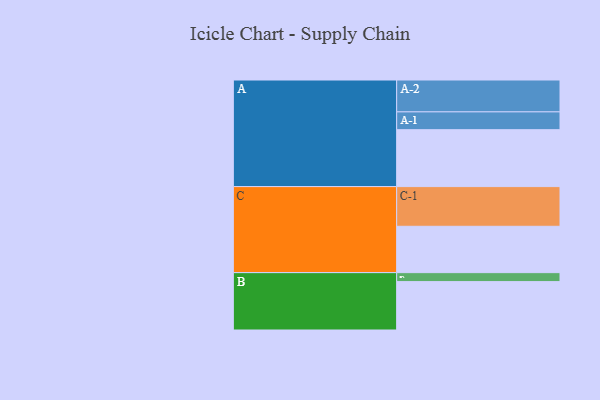
{"axis": {"x": "Segment", "y": "Value"}, "legend": ["", "A", "B", "C"], "data": [{"x": "A", "y": 393, "type": ""}, {"x": "B", "y": 334, "type": ""}, {"x": "C", "y": 320, "type": ""}, {"x": "A-1", "y": 123, "type": "A"}, {"x": "A-2", "y": 220, "type": "A"}, {"x": "B-1", "y": 62, "type": "B"}, {"x": "C-1", "y": 274, "type": "C"}]}